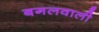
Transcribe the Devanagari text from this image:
बगलवाली